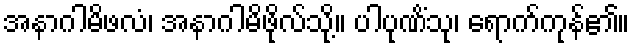
အနာဂါမိဖလံ၊ အနာဂါမိဖိုလ်သို့။ ပါပုဏိံသု၊ ရောက်ကုန်၏။